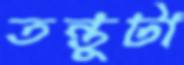
তন্তুটা